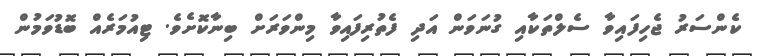
ކެންސަރު ޖެހިފައިވާ ސެލްތަކާއި ގުނަވަން އަދި ފެތުރިފައިވާ މިންވަރަށް ބިނާކޮށެވެ. ޓިއުމަރެއް ބޮޑުވަމުން